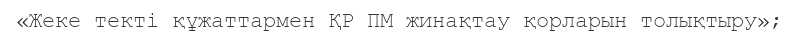
«Жеке текті құжаттармен ҚР ПМ жинақтау қорларын толықтыру»;